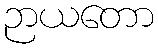
ဉာယတော